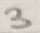
Text: 3